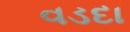
વડદા